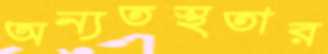
অন্যতস্থতার